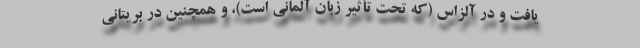
یافت و در آلزاس (که تحت تأثیر زبان آلمانی است)، و همچنین در بریتانی